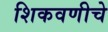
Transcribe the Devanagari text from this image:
शिकवणीचे